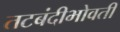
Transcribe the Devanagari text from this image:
तटबंदीभोवती